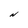
Character: N